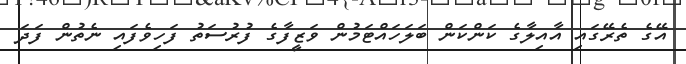
އޭގެ ތެރޭގައި އާއިލާގެ ކަންކަން ބަލަހައްޓަމުން ވަޒީފާގެ ފުރުސަތު ފަހިވެފައި ނެތުން ފަދަ